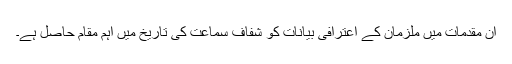
ان مقدمات میں ملزمان کے اعترافی بیانات کو شفاف سماعت کی تاریخ میں اہم مقام حاصل ہے۔